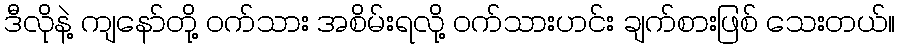
ဒီလိုနဲ့ ကျနော်တို့ ဝက်သား အစိမ်းရလို့ ဝက်သားဟင်း ချက်စားဖြစ် သေးတယ်။